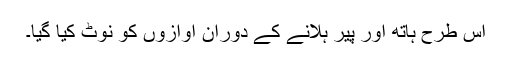
اس طرح ہاتھ اور پیر ہلانے کے دوران آوازوں کو نوٹ کیا گیا۔